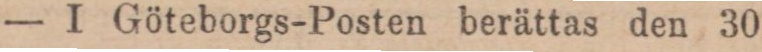
— I Göteborgs-Posten berättas den 30